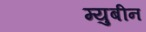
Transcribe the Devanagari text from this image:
म्युबीन